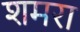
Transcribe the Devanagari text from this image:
शमरा